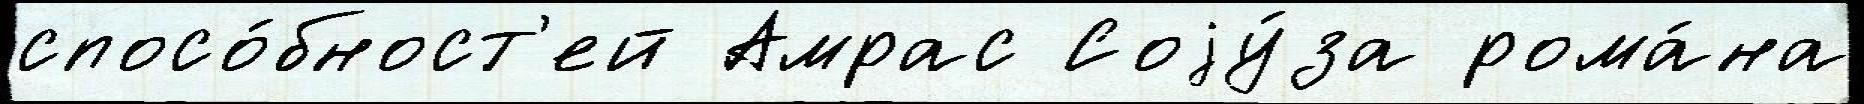
спосо́бност'ей Амрас Соjу́за рома́на